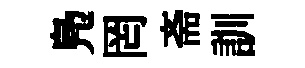
鳬罔斋訓